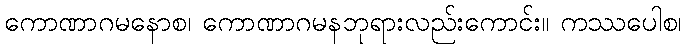
ကောဏာဂမနောစ၊ ကောဏာဂမနဘုရားလည်းကောင်း။ ကဿပေါစ၊